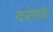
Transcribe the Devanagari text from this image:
करोडवां